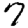
Digit: 7